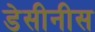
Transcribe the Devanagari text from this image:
डेसीनीस